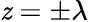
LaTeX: \mathit{z}=\pm\lambda